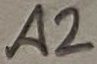
Text: A2